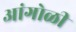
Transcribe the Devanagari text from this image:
आंगोळी